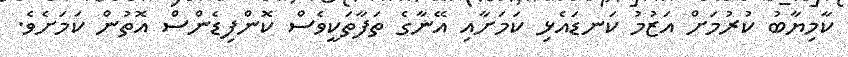
ކާމިޔާބު ކުރުމަށް އަޒުމު ކަނޑައެޅި ކަމަށާއި އޭނާގެ ތަފާތަކީވެސް ކޮންފިޑެންސް އޮތުން ކަމަށެވެ.